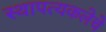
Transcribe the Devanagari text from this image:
स्थापत्यकलेचे